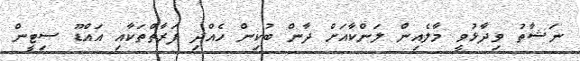
ނަޝާތު ވިދާޅުވީ މާލެއިން ލަންކާއަށް ދާން ބުކިން ހެއްދި ފަރާތްތަކާއި އައްޑޫ ސިޓީން